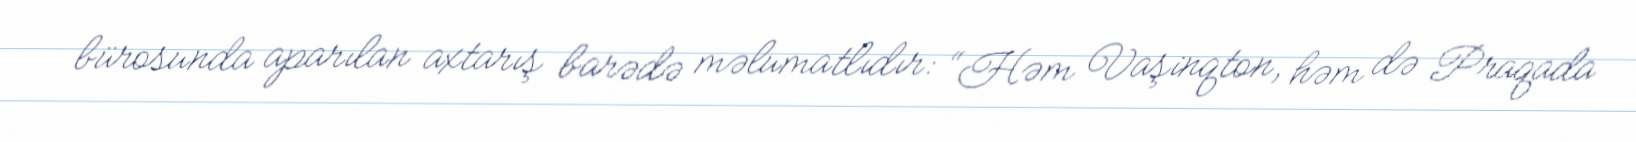
bürosunda aparılan axtarış barədə məlumatlıdır: “Həm Vaşinqton, həm də Praqada